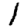
Digit: 1